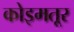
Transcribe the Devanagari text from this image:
कोइमतूर